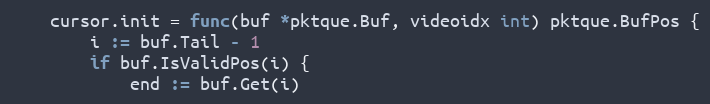
Language: Go
	cursor.init = func(buf *pktque.Buf, videoidx int) pktque.BufPos {
		i := buf.Tail - 1
		if buf.IsValidPos(i) {
			end := buf.Get(i)